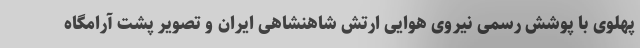
پهلوی با پوشش رسمی نیروی هوایی ارتش شاهنشاهی ایران و تصویر پشت آرامگاه